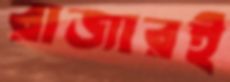
রাজারই